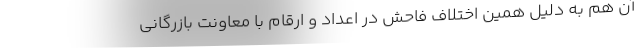
آن هم به دلیل همین اختلاف فاحش در اعداد و ارقام با معاونت بازرگانی